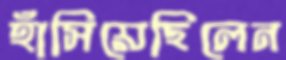
হাঁসিয়েছিলেন